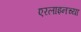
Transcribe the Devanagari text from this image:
एरलाइनच्या